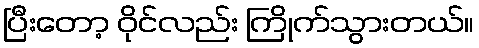
ပြီးတော့ ဝိုင်လည်း ကြိုက်သွားတယ်။